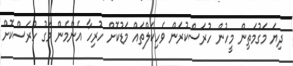
ދިޔަ މަގުމަތިން މީހުން ހުރަސްކުރަން ވެހިކަލްތައް މަޑުކޮށް ހުރިހާ އެންމެން މަގު ހުރަސްކޮށް